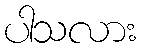
ပါသလား